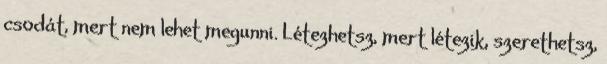
csodát, mert nem lehet megunni. Létezhetsz, mert létezik, szerethetsz,